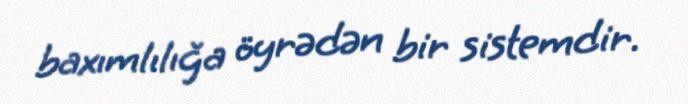
baxımlılığa öyrədən bir sistemdir.